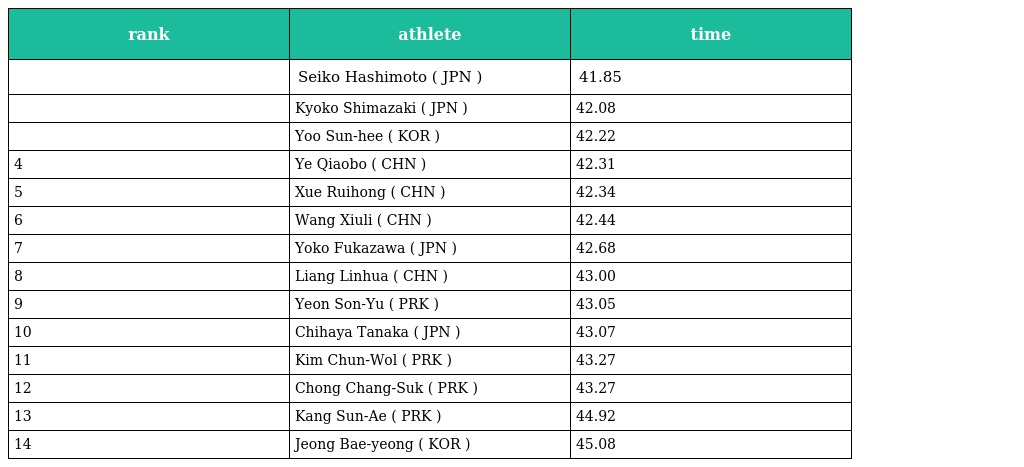
| rank | athlete | time |
 | --- | --- | --- |
 |  | Seiko Hashimoto ( JPN ) | 41.85 |
 |  | Kyoko Shimazaki ( JPN ) | 42.08 |
 |  | Yoo Sun-hee ( KOR ) | 42.22 |
 | 4 | Ye Qiaobo ( CHN ) | 42.31 |
 | 5 | Xue Ruihong ( CHN ) | 42.34 |
 | 6 | Wang Xiuli ( CHN ) | 42.44 |
 | 7 | Yoko Fukazawa ( JPN ) | 42.68 |
 | 8 | Liang Linhua ( CHN ) | 43.00 |
 | 9 | Yeon Son-Yu ( PRK ) | 43.05 |
 | 10 | Chihaya Tanaka ( JPN ) | 43.07 |
 | 11 | Kim Chun-Wol ( PRK ) | 43.27 |
 | 12 | Chong Chang-Suk ( PRK ) | 43.27 |
 | 13 | Kang Sun-Ae ( PRK ) | 44.92 |
 | 14 | Jeong Bae-yeong ( KOR ) | 45.08 |